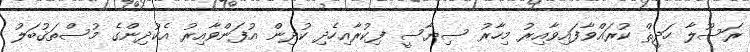
ރަސޫލާ ހަދީޘް ކުރައްވާފައިވާއިރު މިހާރު ސިޔާސީ ފިކުރާއިހެދި ކުދިން އުފަންވާއިރު އެކުދިންގެ މުސްތަޤުބަލު